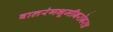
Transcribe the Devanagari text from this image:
बालरंगभूमीबरोबरच